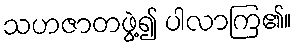
သဟဇာတဖွဲ့၍ ပါလာကြ၏။